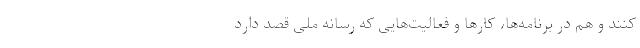
کنند و هم در برنامه‌ها، کارها و فعالیت‌هایی که رسانه ملی قصد دارد